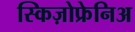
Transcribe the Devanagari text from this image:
स्किज़ोफ्रेनिअ